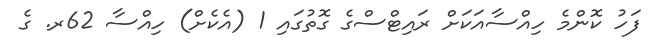
ފަހު ކޮންމެ ހިއްސާއަކަށް ރައިޓްސްގެ ގޮތުގައި 1 (އެކެށް) ހިއްސާ 62ރ. ގެ